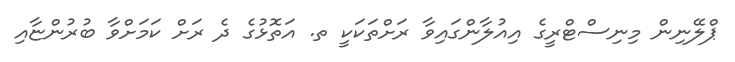
ޕްލޭނިން މިނިސްޓްރީގެ އިއުލާންގައިވާ ރަށްތަކަކީ ތ. އަތޮޅުގެ ދެ ރަށް ކަމަށްވާ ބުރުންޏާއި